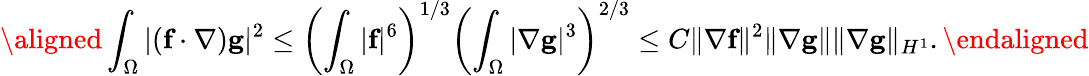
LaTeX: \aligned\int_{\Omega}|(\textbf{f}\cdot\nabla)\textbf{g}|^{2}\leq\left(\int_{\Omega}|\textbf{f}|^{6}\right)^{1/3}\left(\int_{\Omega}|\nabla\textbf{g}|^{3}\right)^{2/3}\leq C\| \nabla\textbf{f}\| ^{2}\| \nabla\textbf{g}\| \| \nabla\textbf{g}\| _{H^{1}}.\endaligned